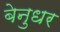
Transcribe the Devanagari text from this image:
बेनुधर